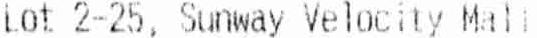
LOT 2-25, SUNWAY VELOCITY MALL